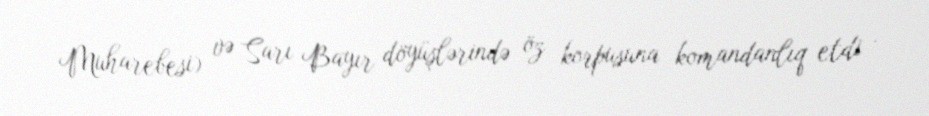
Muharebesi) və Sarı Bayır döyüşlərində öz korpusuna komandanlıq etdi .